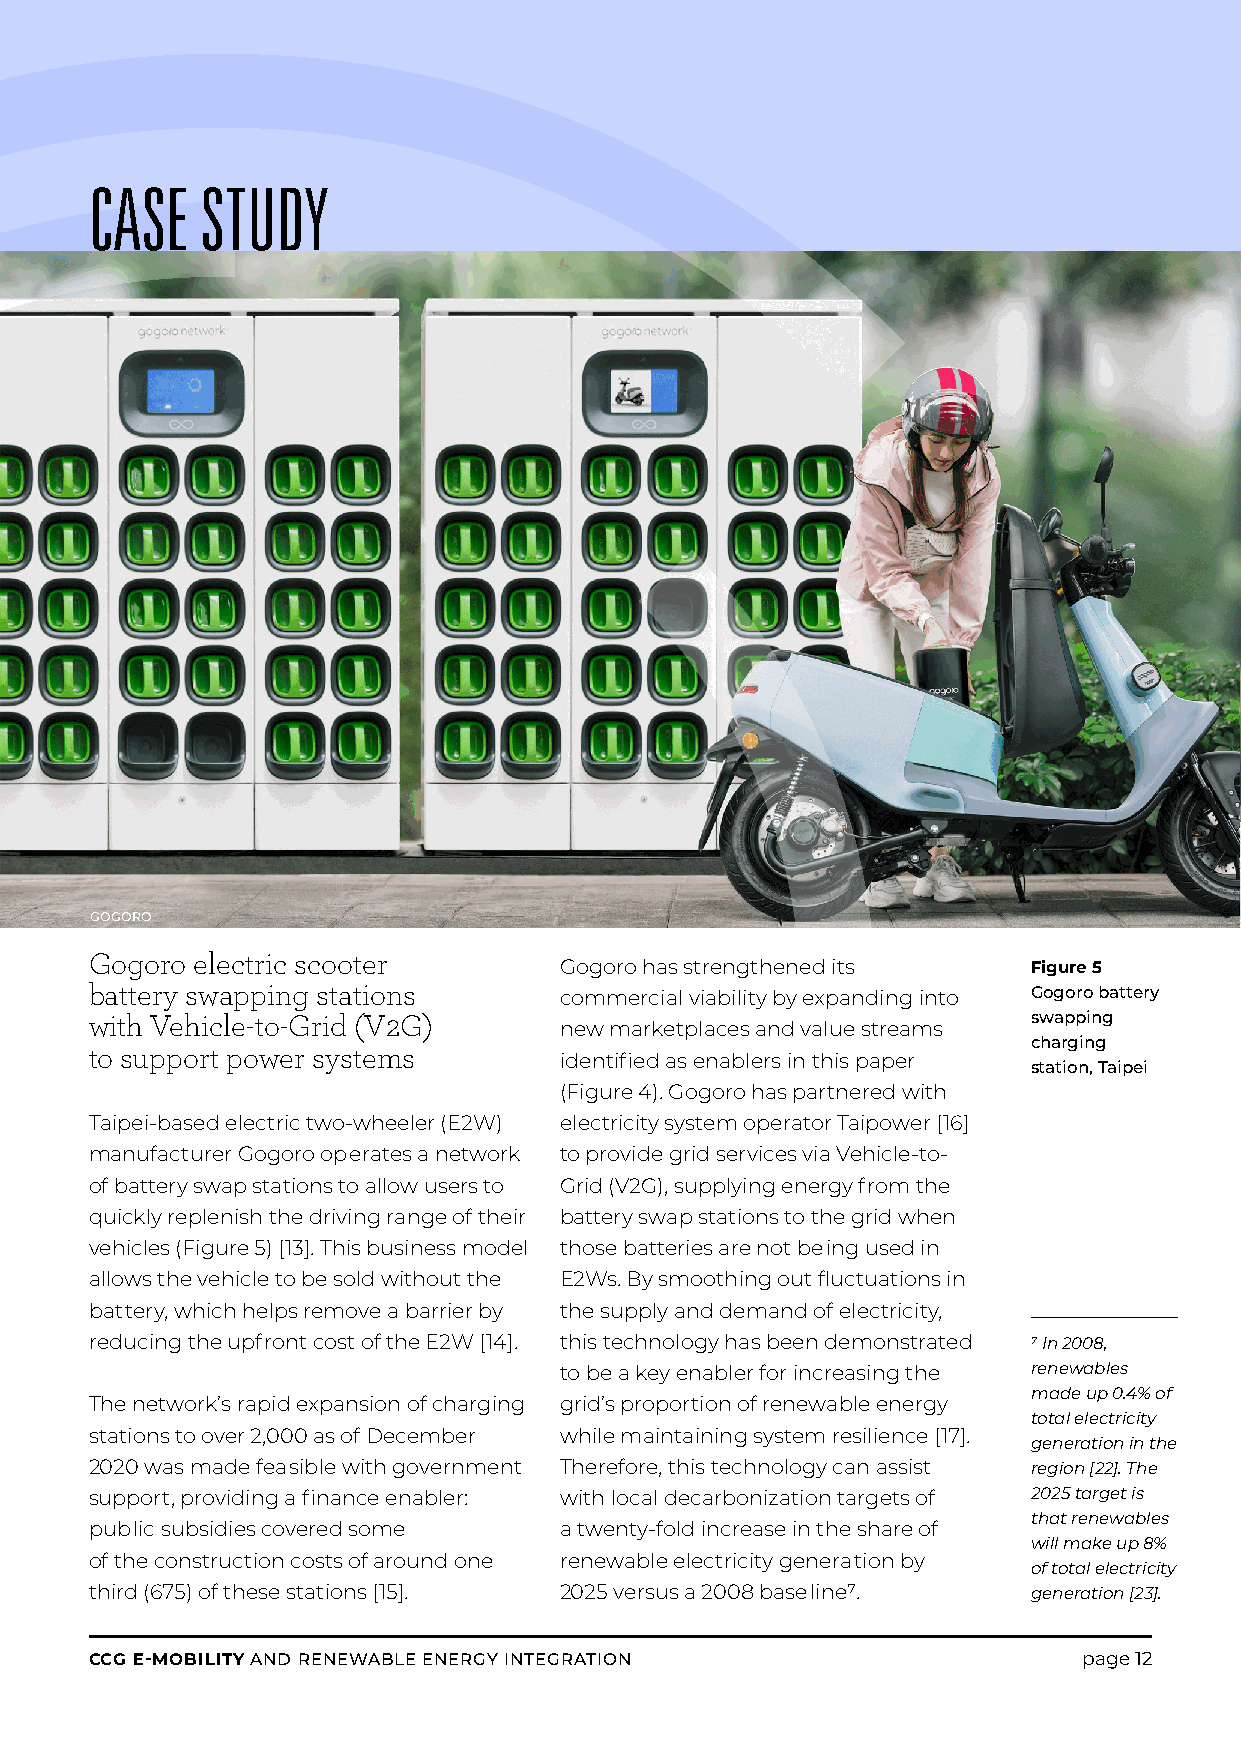
CASE   STUDY
 GOGORO
 Gogoro electric scooter
 Gogoro has strengthened its    Figure 5
 battery swapping stations      commercial viability by expanding into Gogoro battery
 with Vehicle-to-Grid (V2G)                                    swapping
 new marketplaces and value streams
 charging
 to support power systems
 identified as enablers in this paper
 station, Taipei
 (Figure 4). Gogoro has partnered with
 Taipei-based electric two-wheeler (E2W) electricity system operator Taipower [16]
 manufacturer Gogoro op erates a network to provide grid services via Vehicle-to-
 of battery swap stations to allow users to Grid (V2G), supplying energy from the
 quickly replenish the driving range of their battery swap stations to the grid when
 vehicles (Figure 5) [13]. This business model those batteries are not be ing used in
 allows the vehicle to be sold without the E2Ws. By smoothing out fluctuations in
 bat tery, which helps remove a barrier by the supply and demand of electricity,
 reducing the upfront cost of the E2W [14]. this technology has been demonstrated 7 In 2008,
 to be a key enabler for increasing the renewables
 made up 0.4% of
 The network’s rapid expansion of charging grid’s proportion of renewable energy
 total electricity
 stations to over 2,000 as of December while maintaining system resilience [17].
 generation in the
 2020 was made fea sible with government Therefore, this technology can assist region [22]. The
 support, providing a finance enabler: with local decarbonization targets of 2025 target is
 that renewables
 pub lic subsidies covered some a twenty-fold increase in the share of
 will make up 8%
 of the construction costs of around one renewable electricity genera tion by
 of total electricity
 third (675) of these stations [15]. 2025 versus a 2008 base line7. generation [23].
 CCG E-MOBILITY AND RENEWABLE ENERGY INTEGRATION                   page 12